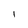
Character: l